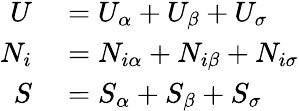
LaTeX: \begin{array}{rl}{U}&{{}=U_{\alpha}+U_{\beta}+U_{\sigma}}\\ {N_{i}}&{{}=N_{i\alpha}+N_{i\beta}+N_{i\sigma}}\\ {S}&{{}=S_{\alpha}+S_{\beta}+S_{\sigma}}\end{array}